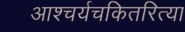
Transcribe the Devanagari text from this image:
आश्चर्यचकितरित्या